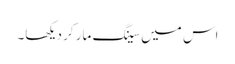
اس میں سینگ مار کر دیکھا۔